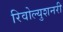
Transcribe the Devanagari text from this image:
रिवोल्युशनरी